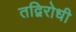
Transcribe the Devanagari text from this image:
तद्विरोधी